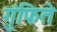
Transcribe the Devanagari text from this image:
गुंफिते